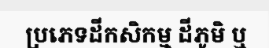
ប្រភេទដីកសិកម្ម ដីភូមិ ឬ